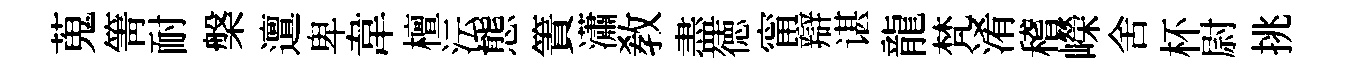
蒐箐耐槃邅卑韋檀沄態簀瀟敎盡徳甯辯谌龍梵淆稽嶸舍杯尉挑